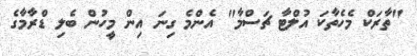
"ތާރަކް މެހެތާކަ އުލްޓާ ޗަސްމާ" އެންމެ ގިނަ އިން މީހުން ބެލި ޑްރާމާގެ